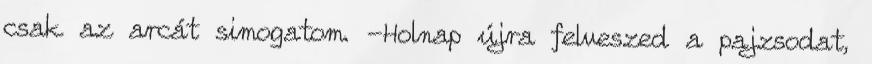
csak az arcát simogatom. -Holnap újra felveszed a pajzsodat,